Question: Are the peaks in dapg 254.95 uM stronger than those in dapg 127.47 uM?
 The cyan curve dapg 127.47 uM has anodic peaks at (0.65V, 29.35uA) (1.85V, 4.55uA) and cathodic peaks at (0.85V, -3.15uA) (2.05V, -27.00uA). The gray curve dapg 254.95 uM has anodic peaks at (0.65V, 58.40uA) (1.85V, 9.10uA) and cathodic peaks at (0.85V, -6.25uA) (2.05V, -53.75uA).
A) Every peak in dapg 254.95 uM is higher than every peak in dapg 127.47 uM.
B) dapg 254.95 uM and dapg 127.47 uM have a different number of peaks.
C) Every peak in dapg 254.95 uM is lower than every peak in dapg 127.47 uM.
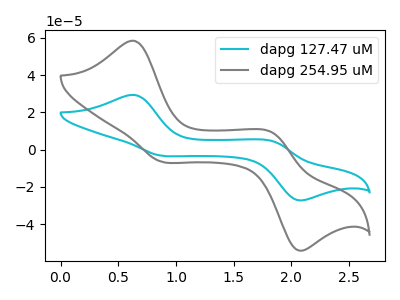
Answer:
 <answer>A) Every peak in "dapg 254.95 uM" is higher than every peak in "dapg 127.47 uM".</answer>
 <eval>A</eval>